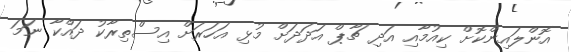
އޮންލައިންކޮށް ކިއުމާއި އަދި ޗާޕް އަދަދަށް މުޅި އަހަރަށް އިސްތިރާކު ދައްކާ ނަމަ